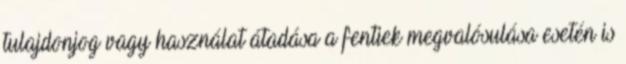
tulajdonjog vagy használat átadása a fentiek megvalósulása esetén is